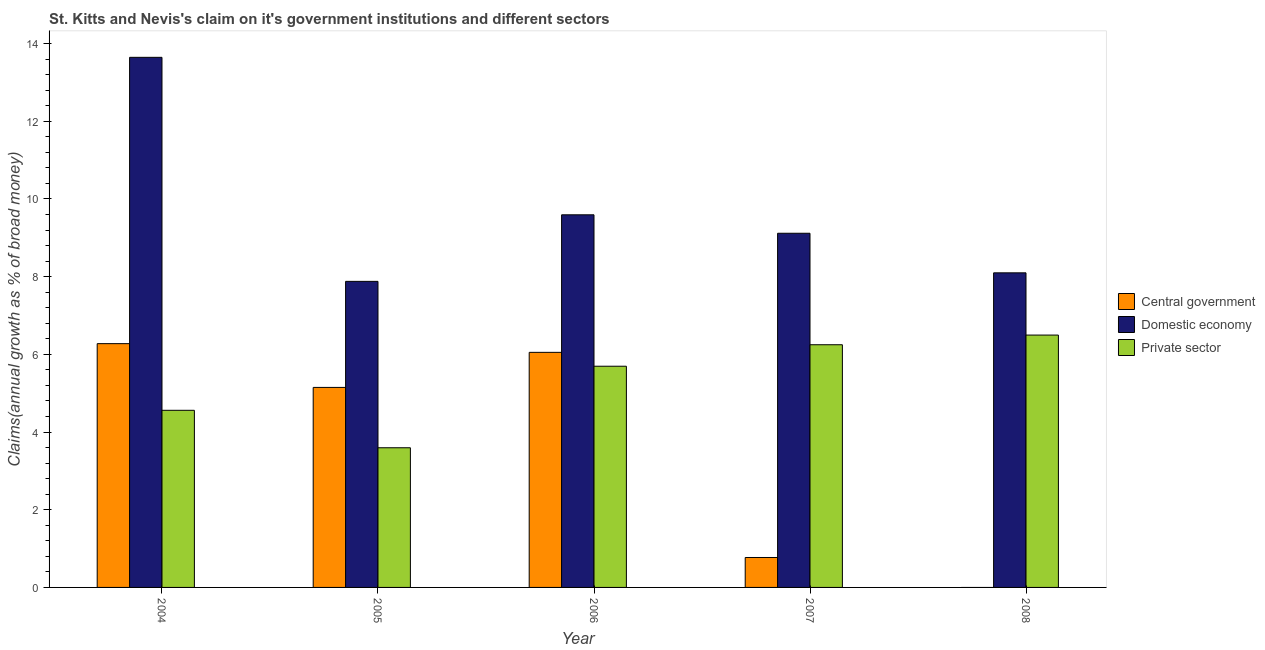
| Year | Central government | Domestic economy | Private sector |
 | --- | --- | --- | --- |
 | 2004 | 6.28 | 13.6 | 4.56 |
 | 2005 | 5.15 | 7.88 | 3.6 |
 | 2006 | 6.05 | 9.59 | 5.69 |
 | 2007 | 0.771 | 9.12 | 6.25 |
 | 2008 | -7.03 | 8.1 | 6.5 |